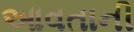
આવતાની